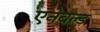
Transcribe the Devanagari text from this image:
एनेबल्ड